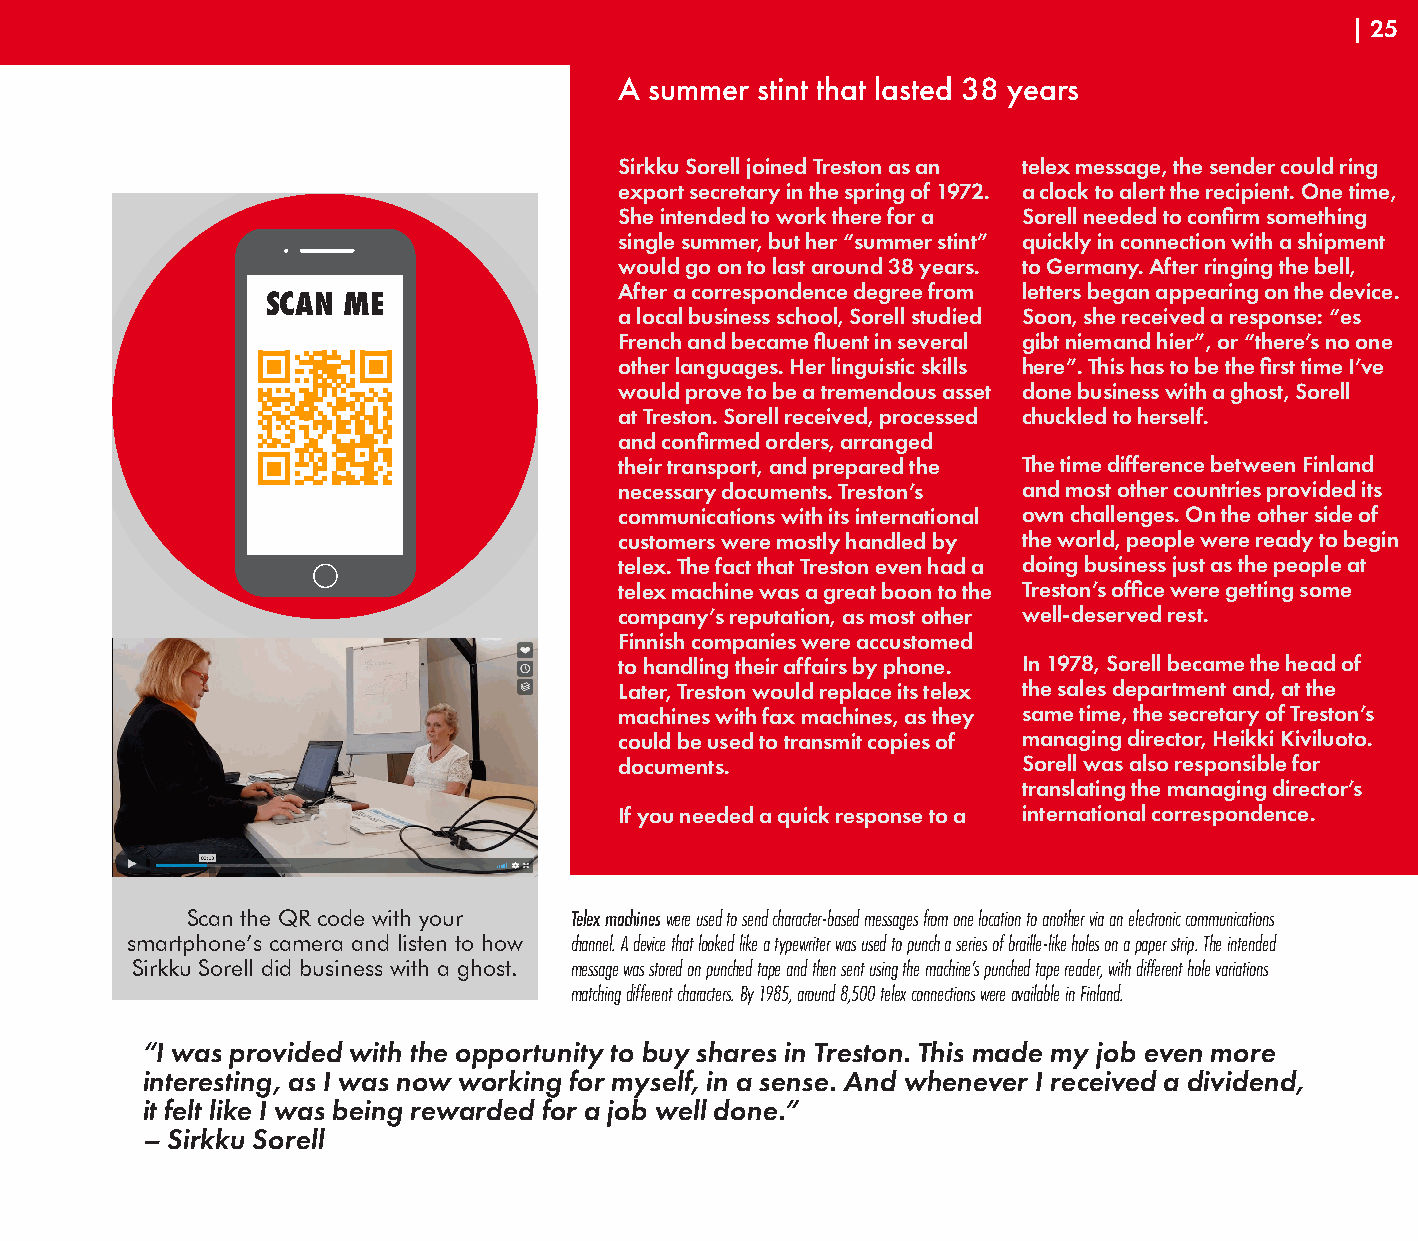
| 25
 A summer stint that lasted 38 years
 Sirkku Sorell joined Treston as an telex message, the sender could ring
 export secretary in the spring of 1972. a clock to alert the recipient. One time,
 She intended to work there for a Sorell needed to confirm something
 single summer, but her “summer stint” quickly in connection with a shipment
 would go on to last around 38 years. to Germany. After ringing the bell,
 After a correspondence degree from letters began appearing on the device.
 SCAN ME
 a local business school, Sorell studied Soon, she received a response: “es
 French and became fluent in several gibt niemand hier”, or “there’s no one
 other languages. Her linguistic skills here”. This has to be the first time I’ve
 would prove to be a tremendous asset done business with a ghost, Sorell
 at Treston. Sorell received, processed chuckled to herself.
 and confirmed orders, arranged
 their transport, and prepared the The time difference between Finland
 necessary documents. Treston’s and most other countries provided its
 communications with its international own challenges. On the other side of
 customers were mostly handled by the world, people were ready to begin
 telex. The fact that Treston even had a doing business just as the people at
 telex machine was a great boon to the Treston’s office were getting some
 company’s reputation, as most other well-deserved rest.
 Finnish companies were accustomed
 to handling their affairs by phone. In 1978, Sorell became the head of
 Later, Treston would replace its telex the sales department and, at the
 machines with fax machines, as they same time, the secretary of Treston’s
 could be used to transmit copies of managing director, Heikki Kiviluoto.
 documents.                 Sorell was also responsible for
 translating the managing director’s
 If you needed a quick response to a international correspondence.
 Scan the QR code with your Telex machines were used to send character-based messages from one location to another via an electronic communications
 smartphone’s camera and listen to how channel. A device that looked like a typewriter was used to punch a series of braille-like holes on a paper strip. The intended
 Sirkku Sorell did business with a ghost. message was stored on punched tape and then sent using the machine’s punched tape reader, with different hole variations
 matching different characters. By 1985, around 8,500 telex connections were available in Finland.
 “I was provided with the opportunity to buy shares in Treston. This made my job even more
 interesting, as I was now working for myself, in a sense. And whenever I received a dividend,
 it felt like I was being rewarded for a job well done.”
 – Sirkku Sorell